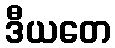
ဒီယတေ